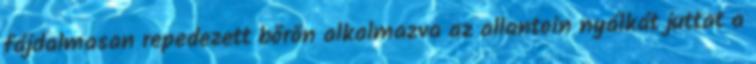
fájdalmasan repedezett bőrön alkalmazva az allantoin nyálkát juttat a